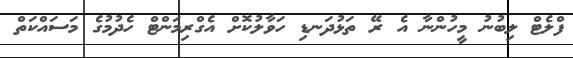
ފްލެޓް ލިބުނު މީހުންނާ އެ ރޭ ތަޅުދަނޑި ހަވާލުކޮށް އެގްރިމަންޓް ހެދުމުގެ މަސައްކަތް